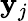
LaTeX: \mathbf{y}_{j}